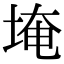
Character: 埯